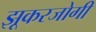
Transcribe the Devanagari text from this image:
झूकरजोगी